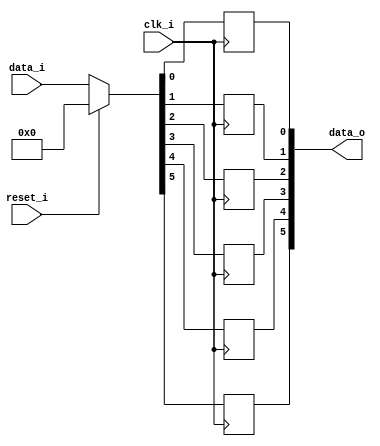
// This program was cloned from: https://github.com/NYU-MLDA/OpenABC
// License: BSD 3-Clause "New" or "Revised" License

module bsg_dff_reset_width_p6
(
  clk_i,
  reset_i,
  data_i,
  data_o
);

  input [5:0] data_i;
  output [5:0] data_o;
  input clk_i;
  input reset_i;
  wire [5:0] data_o;
  wire N0,N1,N2,N3,N4,N5,N6,N7,N8;
  reg data_o_5_sv2v_reg,data_o_4_sv2v_reg,data_o_3_sv2v_reg,data_o_2_sv2v_reg,
  data_o_1_sv2v_reg,data_o_0_sv2v_reg;
  assign data_o[5] = data_o_5_sv2v_reg;
  assign data_o[4] = data_o_4_sv2v_reg;
  assign data_o[3] = data_o_3_sv2v_reg;
  assign data_o[2] = data_o_2_sv2v_reg;
  assign data_o[1] = data_o_1_sv2v_reg;
  assign data_o[0] = data_o_0_sv2v_reg;

  always @(posedge clk_i) begin
    if(1'b1) begin
      data_o_5_sv2v_reg <= N8;
    end 
  end


  always @(posedge clk_i) begin
    if(1'b1) begin
      data_o_4_sv2v_reg <= N7;
    end 
  end


  always @(posedge clk_i) begin
    if(1'b1) begin
      data_o_3_sv2v_reg <= N6;
    end 
  end


  always @(posedge clk_i) begin
    if(1'b1) begin
      data_o_2_sv2v_reg <= N5;
    end 
  end


  always @(posedge clk_i) begin
    if(1'b1) begin
      data_o_1_sv2v_reg <= N4;
    end 
  end


  always @(posedge clk_i) begin
    if(1'b1) begin
      data_o_0_sv2v_reg <= N3;
    end 
  end

  assign { N8, N7, N6, N5, N4, N3 } = (N0)? { 1'b0, 1'b0, 1'b0, 1'b0, 1'b0, 1'b0 } : 
                                      (N1)? data_i : 1'b0;
  assign N0 = reset_i;
  assign N1 = N2;
  assign N2 = ~reset_i;

endmodule